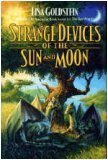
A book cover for Strange Devices of the Sun and Moon; Lisa Goldstein; Science Fiction & Fantasy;